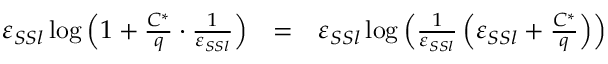
\begin{array} { r c l } { \varepsilon _ { S S l } \log \left( 1 + \frac { C ^ { * } } { q } \cdot \frac { 1 } { \varepsilon _ { S S l } } \right) } & { = } & { \varepsilon _ { S S l } \log \left( \frac { 1 } { \varepsilon _ { S S l } } \left( \varepsilon _ { S S l } + \frac { C ^ { * } } { q } \right) \right) } \end{array}